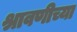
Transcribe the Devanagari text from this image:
श्रावणीच्या